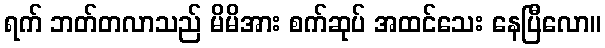
ရက် ဘတ်တလာသည် မိမိအား စက်ဆုပ် အထင်သေး နေပြီလော။